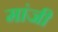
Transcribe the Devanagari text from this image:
मांजी